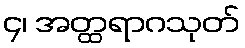
၄၊ အတ္ထရာဂသုတ်